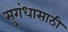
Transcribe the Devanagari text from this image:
सुगंधासाठी